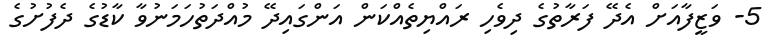
5- ވަޒީފާއަށް އެދޭ ފަރާތުގެ ދިވެހި ރައްޔިތެއްކަން އަންގައިދޭ މުއްދަތުހަމަނުވާ ކާޑުގެ ދެފުށުގެ